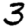
Digit: 3